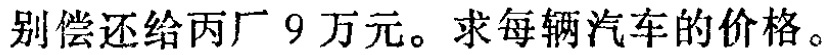
别偿还给丙厂 9 万元。求每辆汽车的价格。